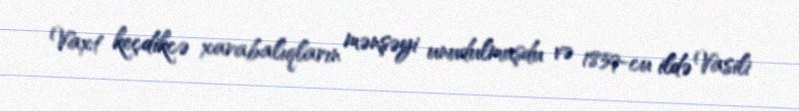
Vaxt keçdikcə xarabalıqların mənşəyi unudulmuşdu və 1859-cu ildə Vasili